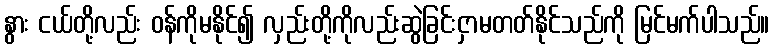
နွား ငယ်တို့လည်း ဝန်ကိုမနိုင်၍ လှည်းတို့ကိုလည်းဆွဲခြင်းငှာမတတ်နိုင်သည်ကို မြင်မက်ပါသည်။